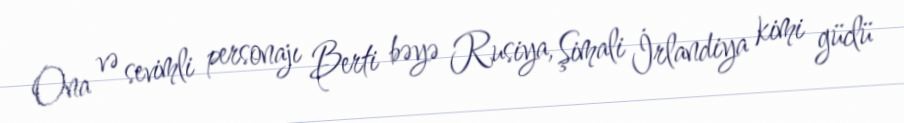
Ona və sevimli personajı Berti bəyə Rusiya, Şimali İrlandiya kimi güclü